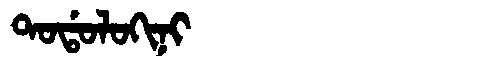
Manchu: ᡨᠣᡩᠣᠯᠣᡴᡳᠨᡳ
Romanization: TODOLOKINI